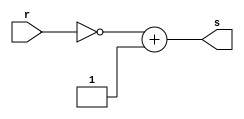
// -------------------------
// Exxercicio07 -
// Nome: Herbert Alves
// -------------------------
// -------------------------
// test number system
// -------------------------
module comp_de_2(output [7:0]s, input[7:0] r);
// ------------------------- definir dados
 assign s = ~r + 1;
  endmodule //comp_de_2

  module testa_comp_de_2;
  reg [7:0] a;
  wire [7:0] s;
  //intancia
  comp_de_2 C21(s, a);
  // ------------------------- preparacao
initial begin:start
a = 'b00000000; // valor inicial
end
// ------------------------- parte principal
 initial begin
$display("Exercicio07 - Herbert Alves - 461971");
$display("\nTesta complemento de 1");

$display("\a=numero  s=complemento de 1");
$monitor("a = %b  s = %b", a, s);
#1 a = 'b01010101;
#1 a = 'b11111111;
#1 a = 'b10101010;


end
endmodule // testa_comp_de_2